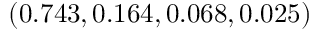
( 0 . 7 4 3 , 0 . 1 6 4 , 0 . 0 6 8 , 0 . 0 2 5 )